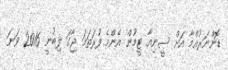
ޑޮންނަރުއްމާ އަށް ސީނިއާ ޓީމުން އެންމެ ފުރަތަމަ ޖާގަ ލިބުނީ 2016 ވަނަ